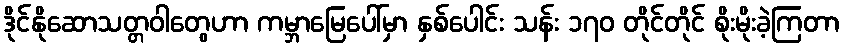
ဒိုင်နိုဆောသတ္တဝါတွေဟာ ကမ္ဘာမြေပေါ်မှာ နှစ်ပေါင်း သန်း ၁၇၀ တိုင်တိုင် စိုးမိုးခဲ့ကြတာ